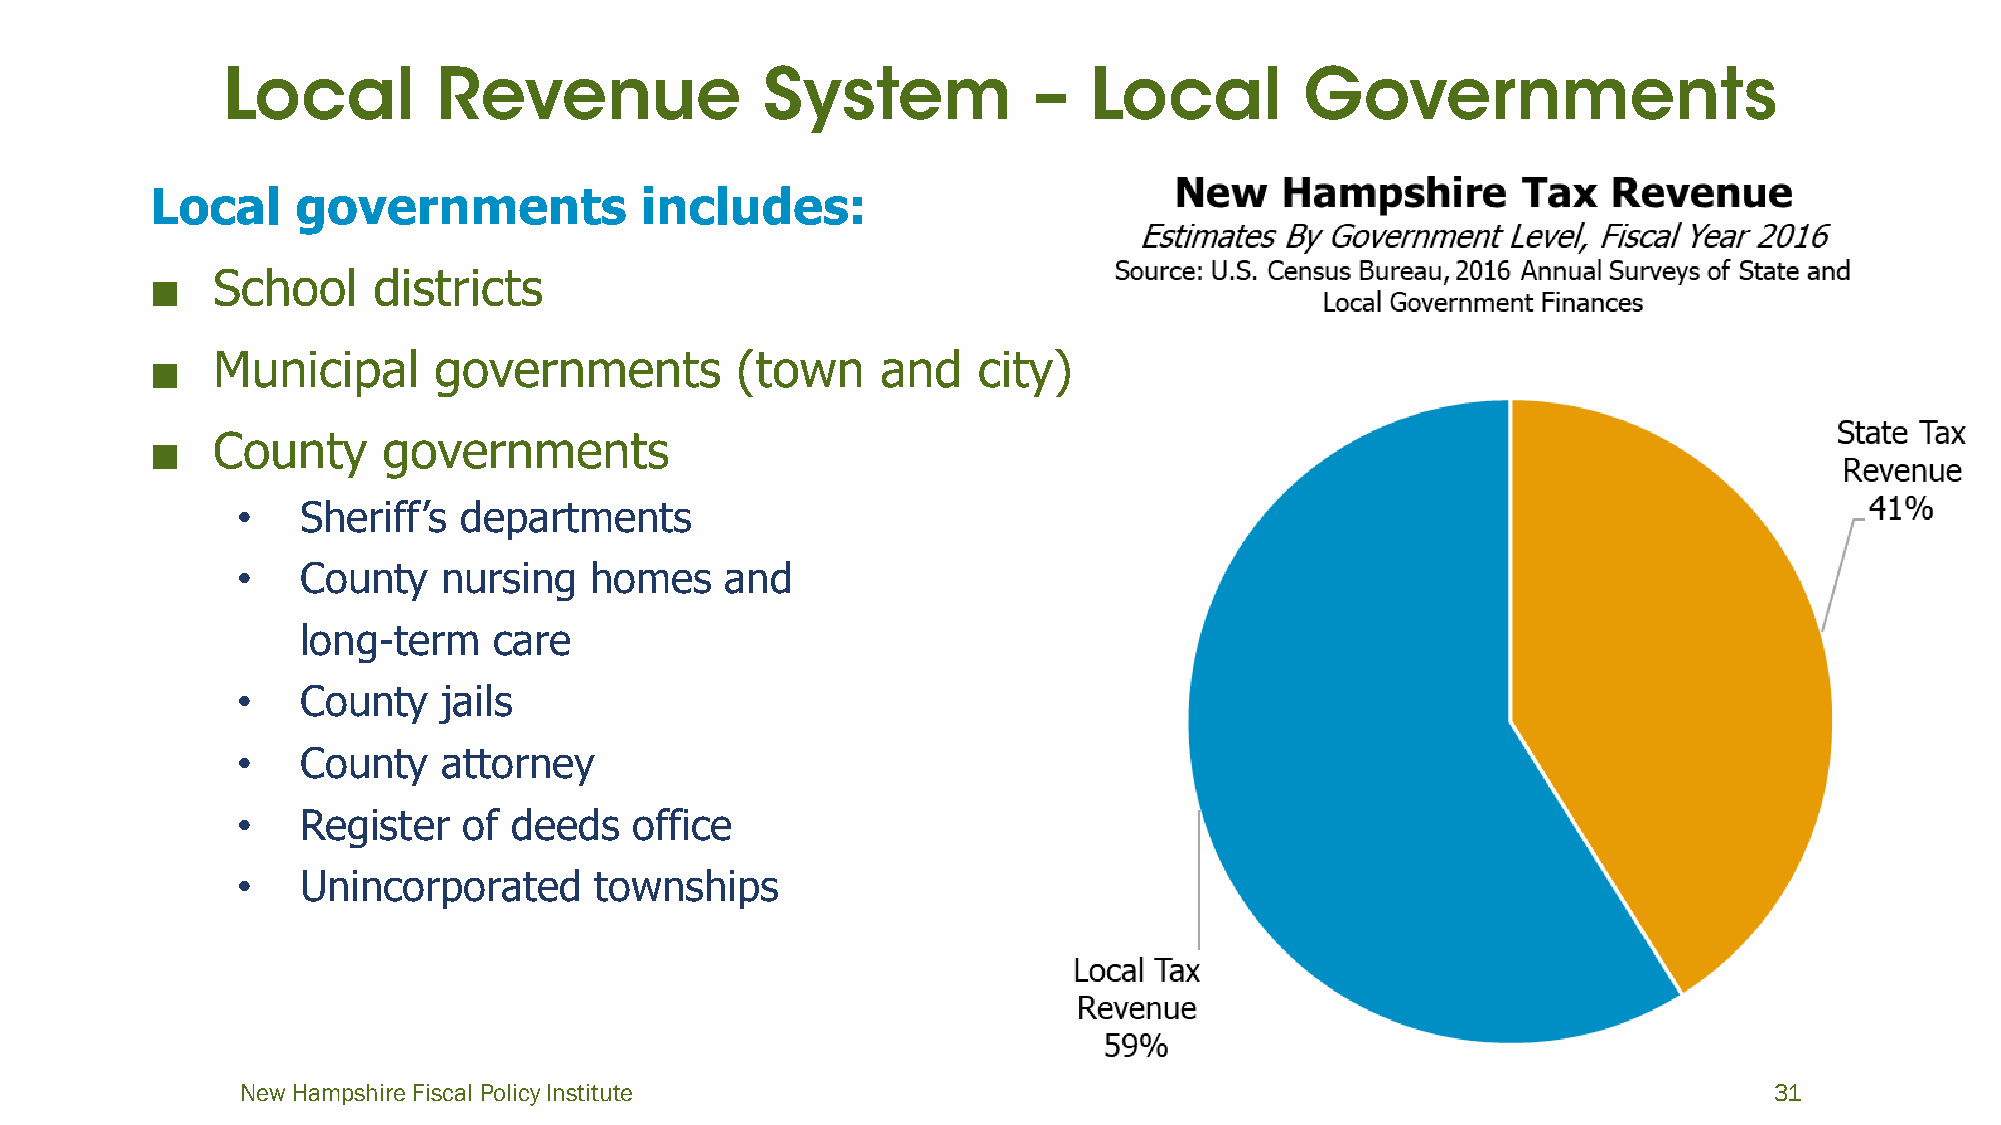
Local     governments           includes:
 ■   School     districts
 ■   Municipal      governments         (town    and    city)
 ■   County     governments
 •   Sheriff’s departments
 •   County   nursing   homes    and
 long-term    care
 •   County   jails
 •   County   attorney
 •   Register   of deeds   office
 •   Unincorporated     townships
 New Hampshire Fiscal Policy Institute                                                                31